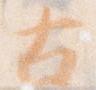
古